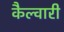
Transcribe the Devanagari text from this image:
कैल्वारी